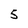
Character: 5